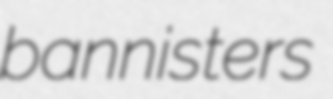
bannisters